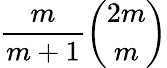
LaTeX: {\frac{m}{m+1}}{\binom{2m}{m}}